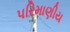
પરિમાણીય